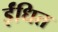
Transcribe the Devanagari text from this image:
ईंधित